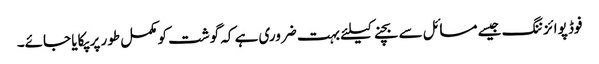
فوڈ پوائزننگ جیسے مسائل سے بچنے کیلئے بہت ضروری ہے کہ گوشت کو مکمل طور پر پکایا جائے۔